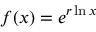
f ( x ) = e ^ { r \ln x }